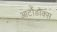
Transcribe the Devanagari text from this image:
आर्टोडॉक्स